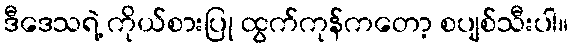
ဒီဒေသရဲ့ ကိုယ်စားပြု ထွက်ကုန်ကတော့ စပျစ်သီးပါ။